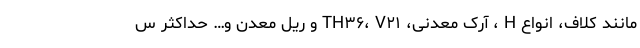
مانند کلاف، انواع H ، آرک معدنی، TH۳۶، V۲۱ و ریل معدن و… حداکثر س